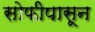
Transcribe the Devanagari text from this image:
सोफीपासून